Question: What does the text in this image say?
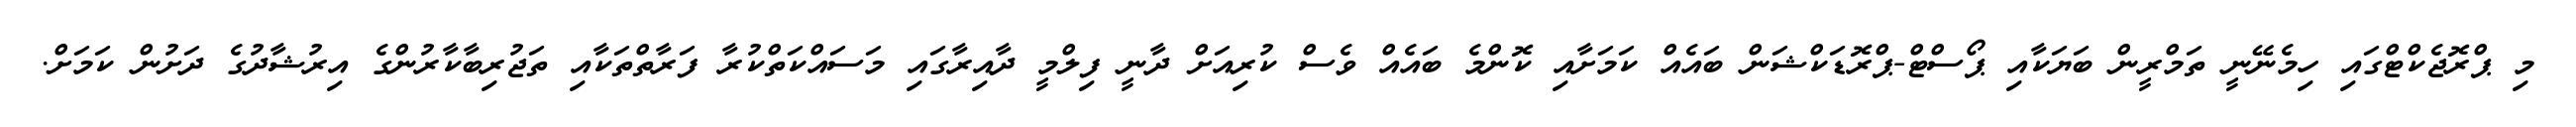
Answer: މި ޕްރޮޖެކްޓްގައި ހިމެނޭނީ ތަމްރީން ބަޔަކާއި ޕޯސްޓް-ޕްރޮޑަކްޝަން ބައެއް ކަމަށާއި ކޮންމެ ބައެއް ވެސް ކުރިއަށް ދާނީ ފިލްމީ ދާއިރާގައި މަސައްކަތްކުރާ ފަރާތްތަކާއި ތަޖުރިބާކާރުންގެ އިރުޝާދުގެ ދަށުން ކަމަށް.